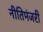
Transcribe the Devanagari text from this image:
नीतिमंजरी